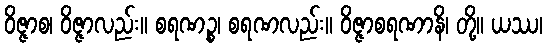
ဝိဇ္ဇာစ၊ ဝိဇ္ဇာလည်း။ စရဏဉ္စ၊ စရဏလည်း။ ဝိဇ္ဇာစရဏာနိ၊ တို့။ ယဿ၊